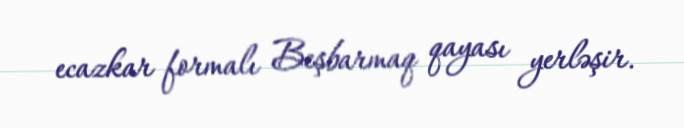
ecazkar formalı Beşbarmaq qayası yerləşir.